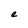
Character: e